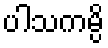
ပါသကမ္ပိ